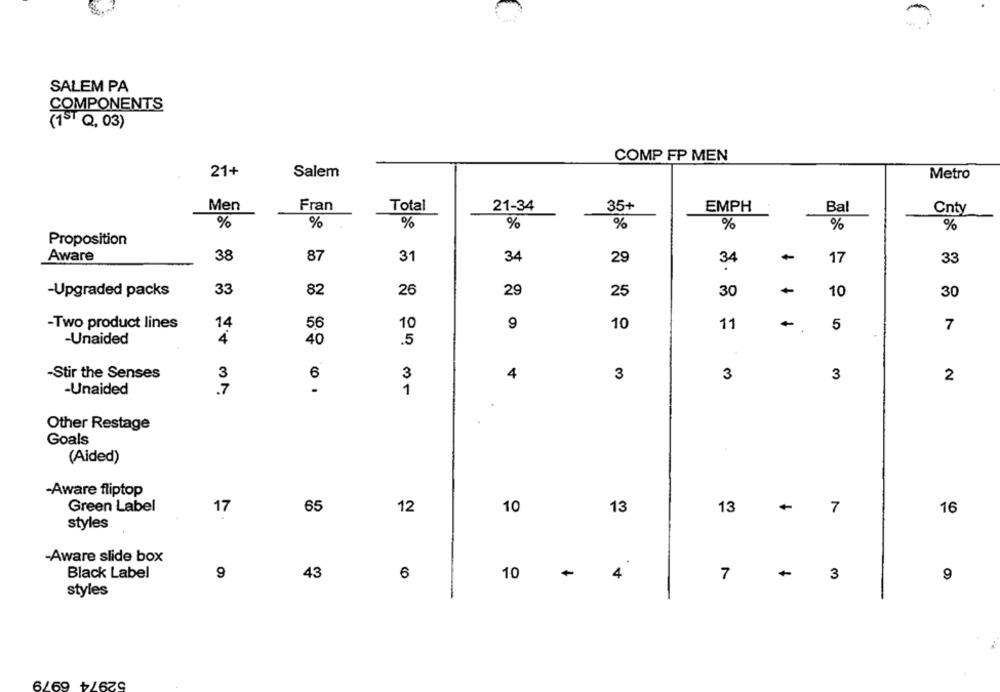
SALEM PA
COMPONENTS
(1ST Q, 03)
COMP FP MEN
21+
Salem
Metro
Men
Fran
Total
21-34
35+
EMPH
Ba
Cnty
%
%
%
%
%
%
%
%
Proposition
Aware
38
87
31
34
29
34
-
17
33
33
82
26
29
25
-
-Upgraded packs
30
10
30
-Two product lines
14
56
10
9
10
11
.
5
7
-Unaided
4
40
.5
3
6
3
4
-Stir the Senses
3
3
3
2
-Unaided
.7
1
Other Restage
Goals
(Aided)
-Aware fliptop
Green Label
17
65
12
10
13
13
-
7
16
styles
-Aware slide box
Black Label
9
6
10
4
-
3
43
7
9
styles
52974 6979